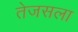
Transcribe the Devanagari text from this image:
तेजसला